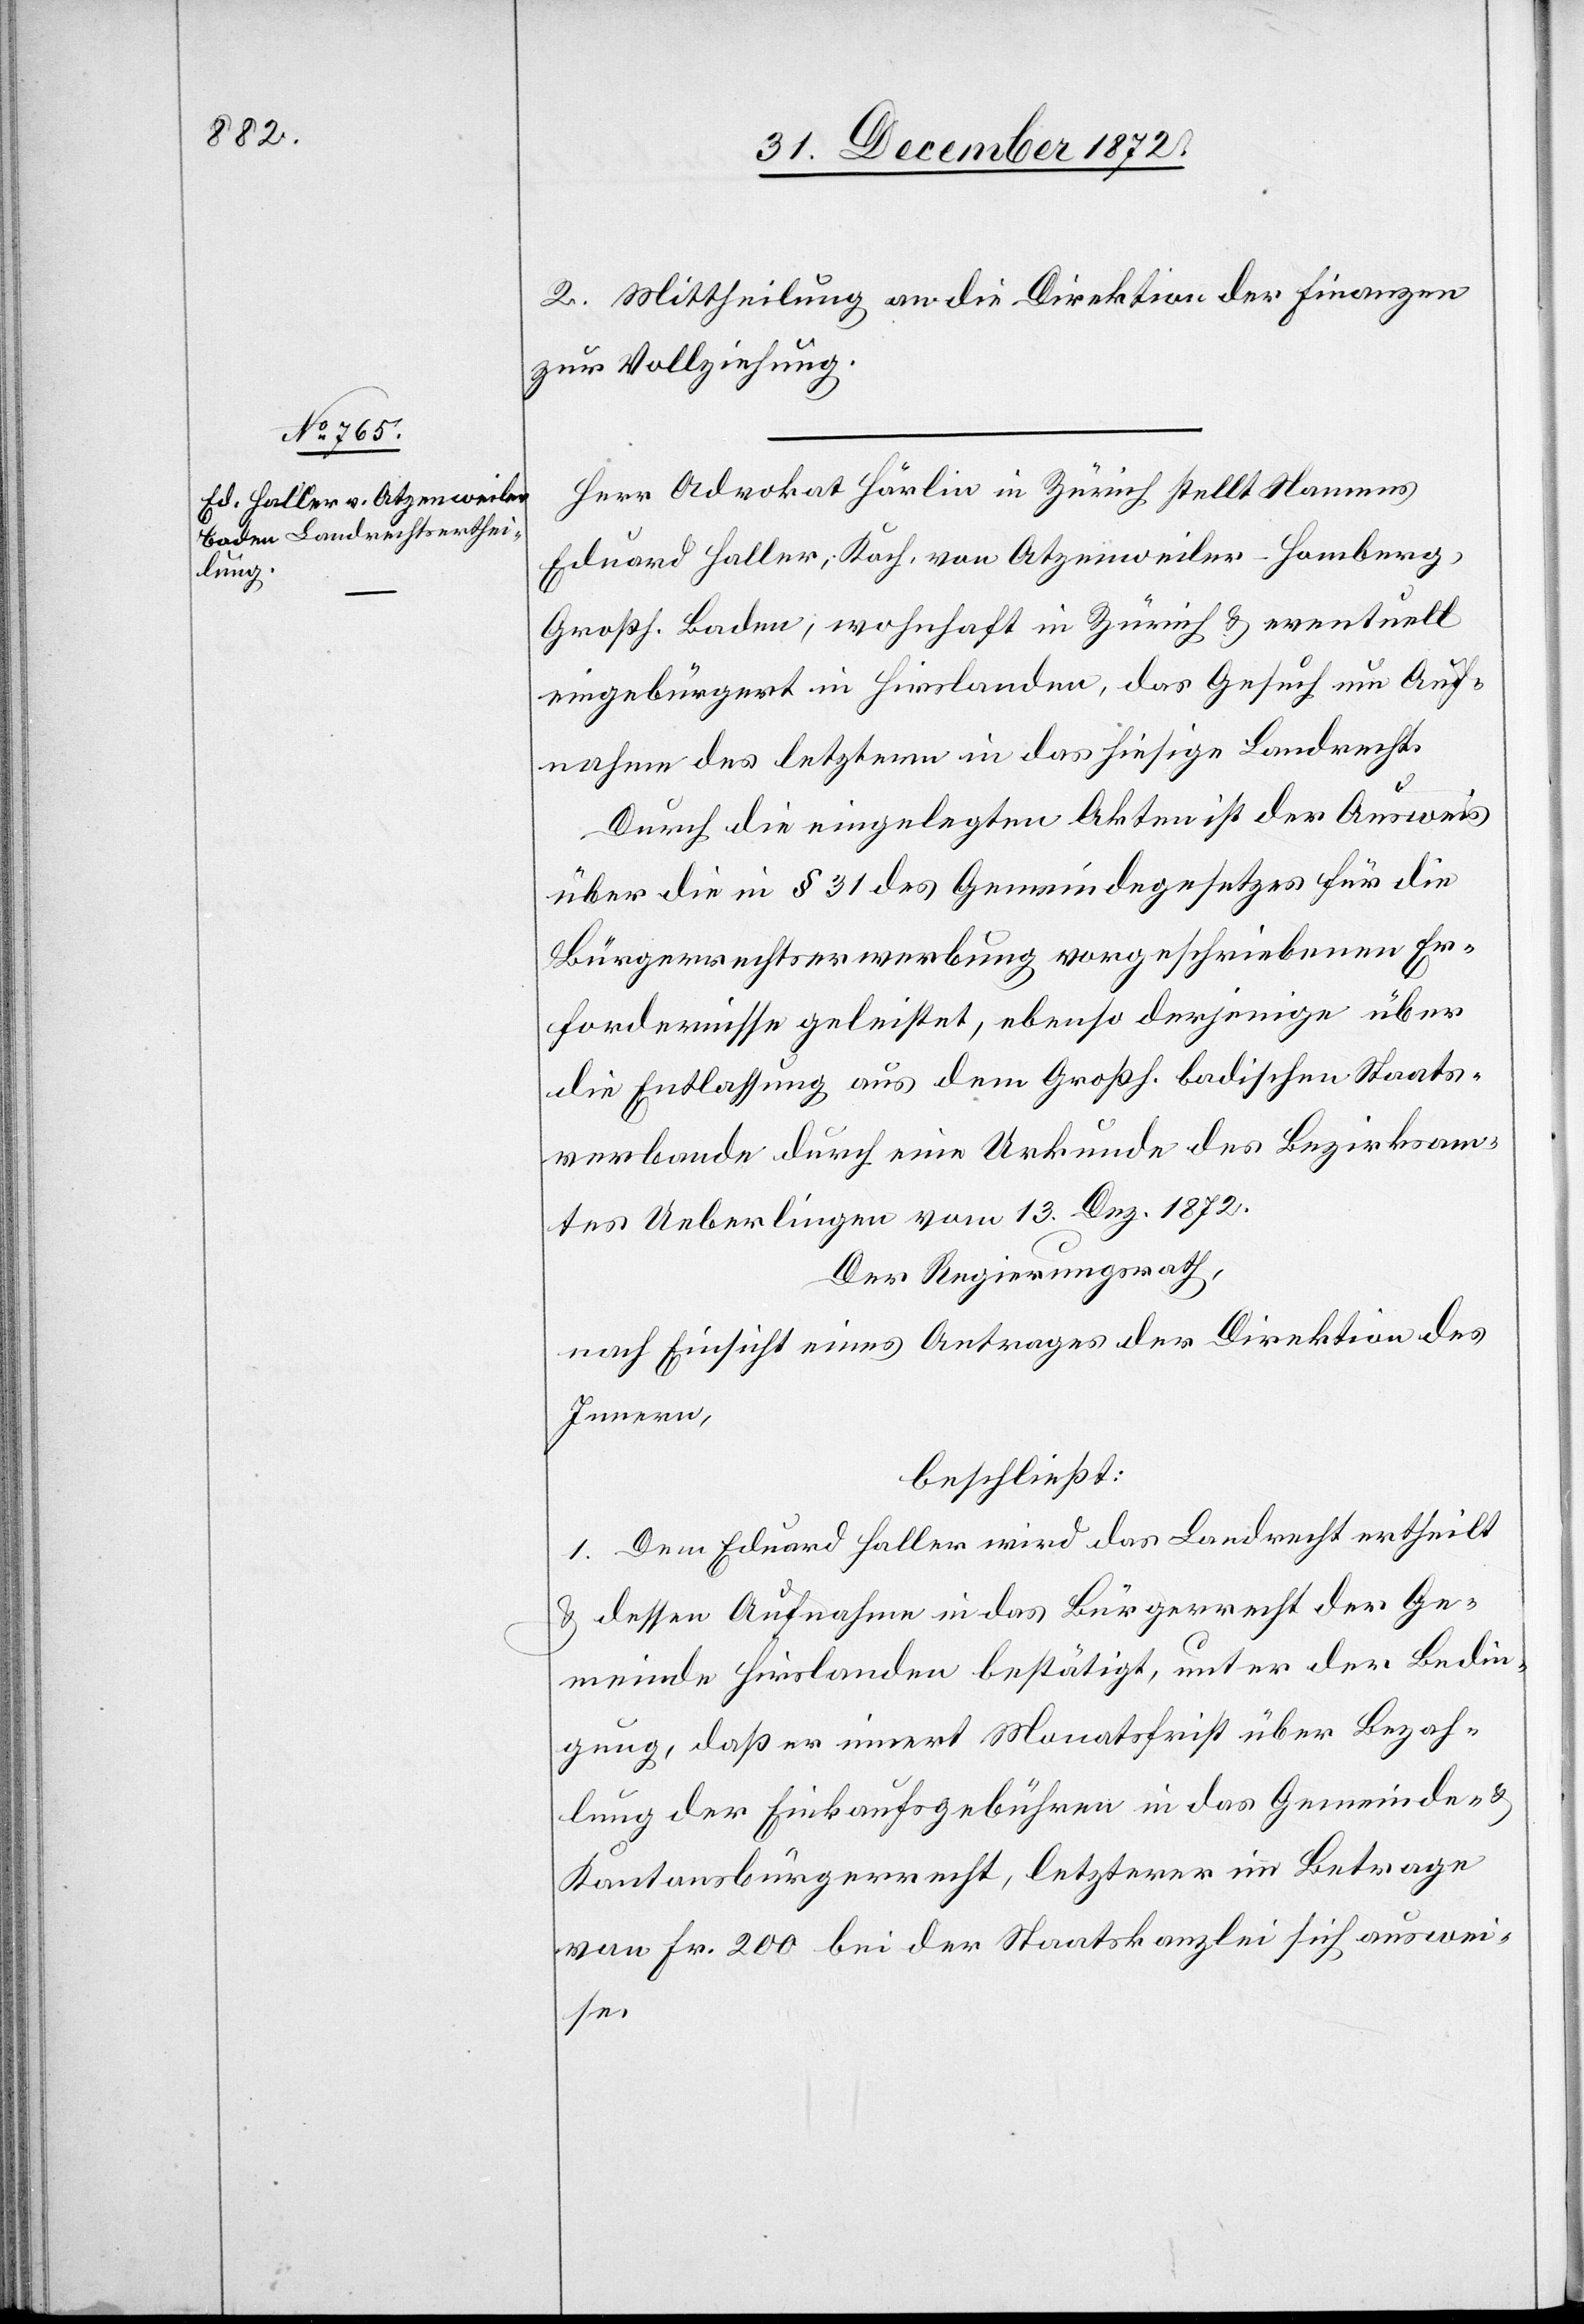
2. Mittheilung an die Direktion der Finanzen
zur Vollziehung.
Herr Advokat Härlin in Zürich stellt Namens
Eduard Haller, Koch, von Otzenweiler-Homberg,
Großh. Baden, wohnhaft in Zürich u. eventuell
eingebürgert in Hirslanden, das Gesuch um Auf¬
nahme des letztern in das hiesige Landrecht.
Durch die eingelegten Akten ist der Ausweis
über die in § 31 des Gemeindegesetzes für die
Bürgerrechtserwerbung vorgeschriebenen Er¬
fordernisse geleistet, ebenso derjenige über
die Entlassung aus dem Großh. badischen Staats¬
verbande durch eine Urkunde des Bezirksam¬
tes Ueberlingen vom 13. Dez. 1872.
Der Regierungsrath,
nach Einsicht eines Antrages der Direktion des
Innern,
beschließt:
1. Dem Eduard Haller wird das Landrecht ertheilt
u. dessen Aufnahme in das Bürgerrecht der Ge¬
meinde Hirslanden bestätigt, unter der Bedin¬
gung, daß er innert Monatsfrist über Bezah¬
lung der Einkaufsgebühren in das Gemeinde- u.
Kantonsbürgerrcht, letzterer im Betrage
von Fr. 200 bei der Staatskanzlei sich auswei¬
se.